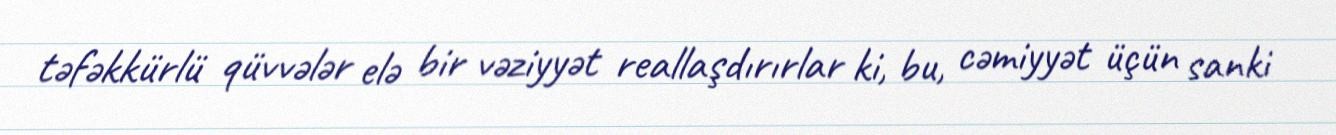
təfəkkürlü qüvvələr elə bir vəziyyət reallaşdırırlar ki, bu, cəmiyyət üçün sanki